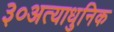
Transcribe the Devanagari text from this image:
३०अत्याधुनिक